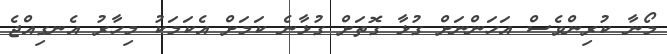
މޯނާ ކުރިންވެސް އަހަންނަށް ގުޅާ ގޮތަށް ގުޅާނެ ކަމަށް އެކަމަކު މިހާރު އެނގިއްޖެ